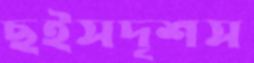
ছইসদৃশস